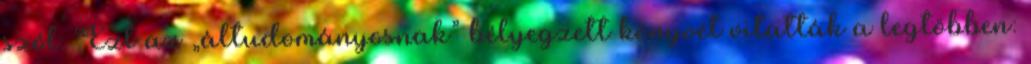
szól. Ezt az „áltudományosnak” bélyegzett könyvét vitatták a legtöbben: